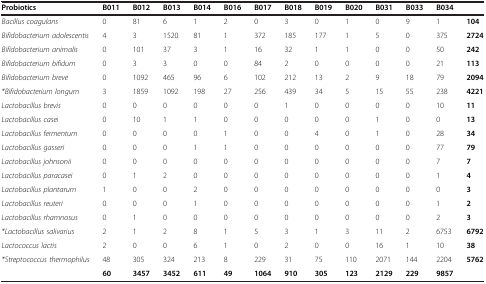
<table><thead><tr><td><b>Probiotics</b></td><td><b>B011</b></td><td><b>B012</b></td><td><b>B013</b></td><td><b>B014</b></td><td><b>B016</b></td><td><b>B017</b></td><td><b>B018</b></td><td><b>B019</b></td><td><b>B020</b></td><td><b>B031</b></td><td><b>B033</b></td><td><b>B034</b></td><td><b> </b></td></tr></thead><tbody><tr><td><i>Bacillus coagulans</i></td><td>0</td><td>81</td><td>6</td><td>1</td><td>2</td><td>0</td><td>3</td><td>0</td><td>1</td><td>0</td><td>9</td><td>1</td><td><b>104</b></td></tr><tr><td><i>Bifidobacterium adolescentis</i></td><td>4</td><td>3</td><td>1520</td><td>81</td><td>1</td><td>372</td><td>185</td><td>177</td><td>1</td><td>5</td><td>0</td><td>375</td><td><b>2724</b></td></tr><tr><td><i>Bifidobacterium animalis</i></td><td>0</td><td>101</td><td>37</td><td>3</td><td>1</td><td>16</td><td>32</td><td>1</td><td>1</td><td>0</td><td>0</td><td>50</td><td><b>242</b></td></tr><tr><td><i>Bifidobacterium bifidum</i></td><td>0</td><td>3</td><td>3</td><td>0</td><td>0</td><td>84</td><td>2</td><td>0</td><td>0</td><td>0</td><td>0</td><td>21</td><td><b>113</b></td></tr><tr><td><i>Bifidobacterium breve</i></td><td>0</td><td>1092</td><td>465</td><td>96</td><td>6</td><td>102</td><td>212</td><td>13</td><td>2</td><td>9</td><td>18</td><td>79</td><td><b>2094</b></td></tr><tr><td><i>*Bifidobacterium longum</i></td><td>3</td><td>1859</td><td>1092</td><td>198</td><td>27</td><td>256</td><td>439</td><td>34</td><td>5</td><td>15</td><td>55</td><td>238</td><td><b>4221</b></td></tr><tr><td><i>Lactobacillus brevis</i></td><td>0</td><td>0</td><td>0</td><td>0</td><td>0</td><td>0</td><td>1</td><td>0</td><td>0</td><td>0</td><td>0</td><td>10</td><td><b>11</b></td></tr><tr><td><i>Lactobacillus casei</i></td><td>0</td><td>10</td><td>1</td><td>1</td><td>0</td><td>0</td><td>0</td><td>0</td><td>0</td><td>1</td><td>0</td><td>0</td><td><b>13</b></td></tr><tr><td><i>Lactobacillus fermentum</i></td><td>0</td><td>0</td><td>0</td><td>0</td><td>1</td><td>0</td><td>0</td><td>4</td><td>0</td><td>1</td><td>0</td><td>28</td><td><b>34</b></td></tr><tr><td><i>Lactobacillus gasseri</i></td><td>0</td><td>0</td><td>0</td><td>1</td><td>1</td><td>0</td><td>0</td><td>0</td><td>0</td><td>0</td><td>0</td><td>77</td><td><b>79</b></td></tr><tr><td><i>Lactobacillus johnsonii</i></td><td>0</td><td>0</td><td>0</td><td>0</td><td>0</td><td>0</td><td>0</td><td>0</td><td>0</td><td>0</td><td>0</td><td>7</td><td><b>7</b></td></tr><tr><td><i>Lactobacillus paracasei</i></td><td>0</td><td>1</td><td>2</td><td>0</td><td>0</td><td>0</td><td>0</td><td>0</td><td>0</td><td>0</td><td>0</td><td>1</td><td><b>4</b></td></tr><tr><td><i>Lactobacillus plantarum</i></td><td>1</td><td>0</td><td>0</td><td>2</td><td>0</td><td>0</td><td>0</td><td>0</td><td>0</td><td>0</td><td>0</td><td>0</td><td><b>3</b></td></tr><tr><td><i>Lactobacillus reuteri</i></td><td>0</td><td>0</td><td>0</td><td>1</td><td>0</td><td>0</td><td>0</td><td>0</td><td>0</td><td>0</td><td>0</td><td>1</td><td><b>2</b></td></tr><tr><td><i>Lactobacillus rhamnosus</i></td><td>0</td><td>1</td><td>0</td><td>0</td><td>0</td><td>0</td><td>0</td><td>0</td><td>0</td><td>0</td><td>0</td><td>2</td><td><b>3</b></td></tr><tr><td><i>*Lactobacillus salivarius</i></td><td>2</td><td>1</td><td>2</td><td>8</td><td>1</td><td>5</td><td>3</td><td>1</td><td>3</td><td>11</td><td>2</td><td>6753</td><td><b>6792</b></td></tr><tr><td><i>Lactococcus lactis</i></td><td>2</td><td>0</td><td>0</td><td>6</td><td>1</td><td>0</td><td>2</td><td>0</td><td>0</td><td>16</td><td>1</td><td>10</td><td><b>38</b></td></tr><tr><td><i>*Streptococcus thermophilus</i></td><td>48</td><td>305</td><td>324</td><td>213</td><td>8</td><td>229</td><td>31</td><td>75</td><td>110</td><td>2071</td><td>144</td><td>2204</td><td><b>5762</b></td></tr><tr><td> </td><td><b>60</b></td><td><b>3457</b></td><td><b>3452</b></td><td><b>611</b></td><td><b>49</b></td><td><b>1064</b></td><td><b>910</b></td><td><b>305</b></td><td><b>123</b></td><td><b>2129</b></td><td><b>229</b></td><td><b>9857</b></td><td> </td></tr></tbody></table>